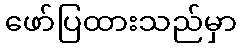
ဖော်ပြထားသည်မှာ